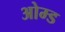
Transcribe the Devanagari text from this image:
ओम्ड